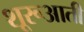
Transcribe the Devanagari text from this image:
शूरूआती